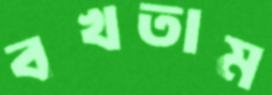
বখতাম